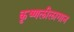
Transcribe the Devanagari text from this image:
कृष्णलीलागान